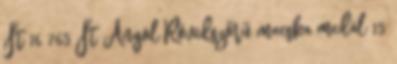
Ft 16 765 Ft Angol Rövidszőrű macska medál 15